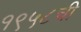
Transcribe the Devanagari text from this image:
१९५८ची